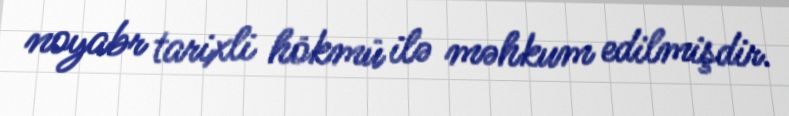
noyabr tarixli hökmü ilə məhkum edilmişdir.